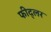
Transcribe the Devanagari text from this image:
फीद्लर